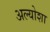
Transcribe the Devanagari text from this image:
अल्योशा